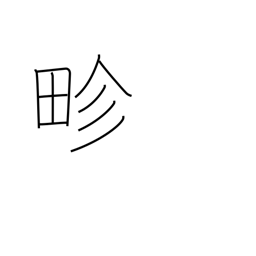
Meaning: boundary between paddies